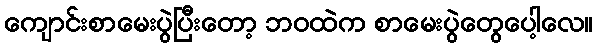
ကျောင်းစာမေးပွဲပြီးတော့ ဘဝထဲက စာမေးပွဲတွေပေါ့လေ။